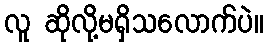
လူ ဆိုလို့မရှိသလောက်ပဲ။